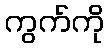
ကွက်ကို